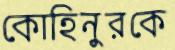
কোহিনুরকে